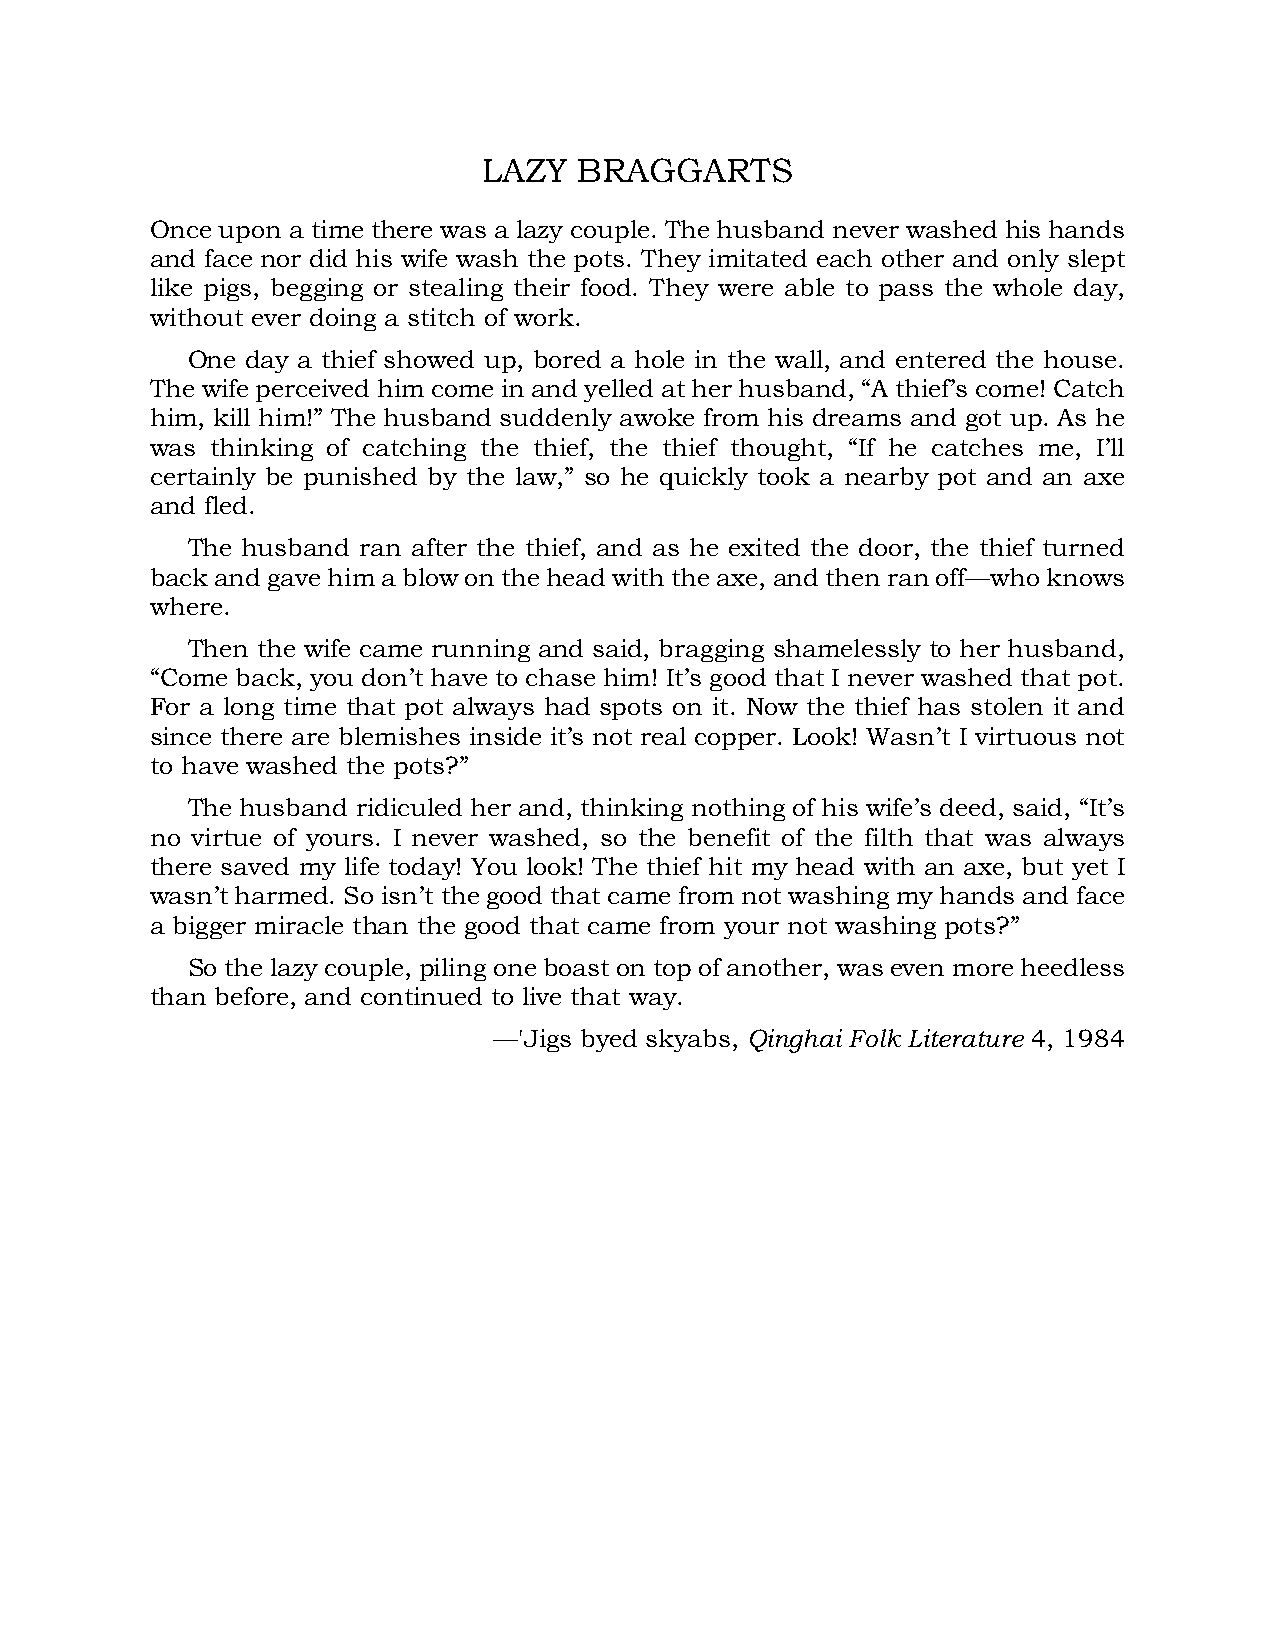
LAZY  BRAGGARTS
 Once upon a time there was a lazy couple. The husband never washed his hands
 and face nor did his wife wash the pots. They imitated each other and only slept
 like pigs, begging or stealing their food. They were able to pass the whole day,
 without ever doing a stitch of work.
 One day a thief showed up, bored a hole in the wall, and entered the house.
 The wife perceived him come in and yelled at her husband, “A thief’s come! Catch
 him, kill him!” The husband suddenly awoke from his dreams and got up. As he
 was thinking of catching the thief, the thief thought, “If he catches me, I’ll
 certainly be punished by the law,” so he quickly took a nearby pot and an axe
 and fled.
 The husband ran after the thief, and as he exited the door, the thief turned
 back and gave him a blow on the head with the axe, and then ran off—who knows
 where.
 Then the wife came running and said, bragging shamelessly to her husband,
 “Come back, you don’t have to chase him! It’s good that I never washed that pot.
 For a long time that pot always had spots on it. Now the thief has stolen it and
 since there are blemishes inside it’s not real copper. Look! Wasn’t I virtuous not
 to have washed the pots?”
 The husband ridiculed her and, thinking nothing of his wife’s deed, said, “It’s
 no virtue of yours. I never washed, so the benefit of the filth that was always
 there saved my life today! You look! The thief hit my head with an axe, but yet I
 wasn’t harmed. So isn’t the good that came from not washing my hands and face
 a bigger miracle than the good that came from your not washing pots?”
 So the lazy couple, piling one boast on top of another, was even more heedless
 than before, and continued to live that way.
 —'Jigs byed skyabs, Qinghai Folk Literature 4, 1984